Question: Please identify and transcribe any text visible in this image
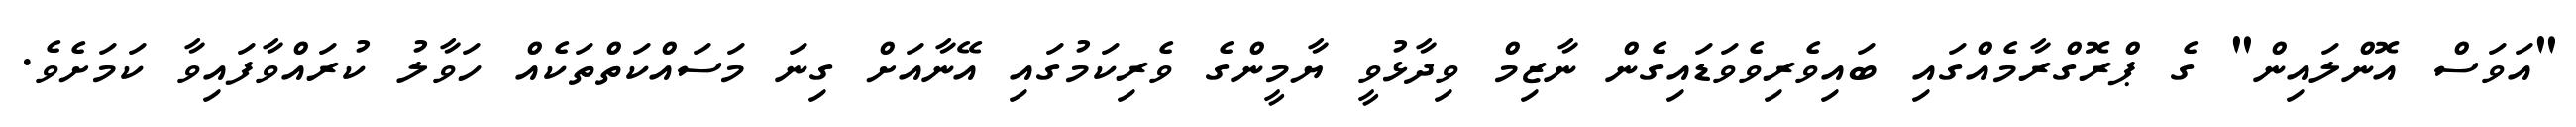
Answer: "އަވަސް އޮންލައިން" ގެ ޕްރޮގްރާމެއްގައި ބައިވެރިވެވަޑައިގެން ނާޒިމް ވިދާޅުވީ ޔާމީންގެ ވެރިކަމުގައި އޭނާއަށް ގިނަ މަސައްކަތްތަކެއް ހަވާލު ކުރައްވާފައިވާ ކަމަށެވެ.